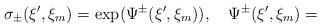
LaTeX: \begin{align*} \sigma_{\pm}(\xi',\xi_m)=\exp({\Psi^{\pm}(\xi',\xi_m)}),~~~{\Psi^{\pm}(\xi',\xi_m)}=\end{align*}